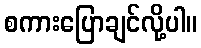
စကားပြောချင်လို့ပါ။